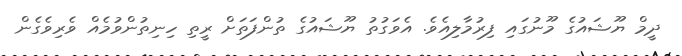
ދީމް ޔޫޝައުގެ މޫނުގައި ފިރުމާލިއެވެ. އެވަގުތު ޔޫޝައުގެ ތުންފަތަށް ރީތި ހިނިތުންވުމެއް ވެރިވެގެން